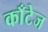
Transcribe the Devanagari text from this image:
काँटेज